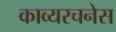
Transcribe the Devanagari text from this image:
काव्यरचनेस